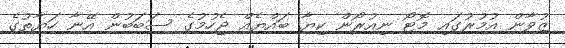
ޒުވާން އުމުރުގައި މޮޓޯ ނިއުރޯން ކިޔާ ބައްޔެއް ޖެހުމުގެ ސަބަބުން އޭނާ ހަޔާތުގެ